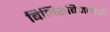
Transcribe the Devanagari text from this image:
बिलिरुबिनमध्ये